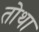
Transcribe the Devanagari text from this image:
तोथा